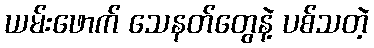
ယမ်းဖောက် သေနတ်တွေနဲ့ ပစ်သတဲ့